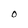
Character: O